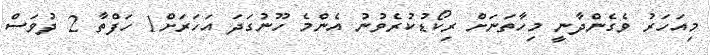
މިއަހަރު ވެގެންދާނީ މިހާތަނަށް ރިކޯޑުކުރެވުނު އެންމެ ހޫނުގަދަ އަހަރަށް1 ހަފްތާ 2 ދުވަސް